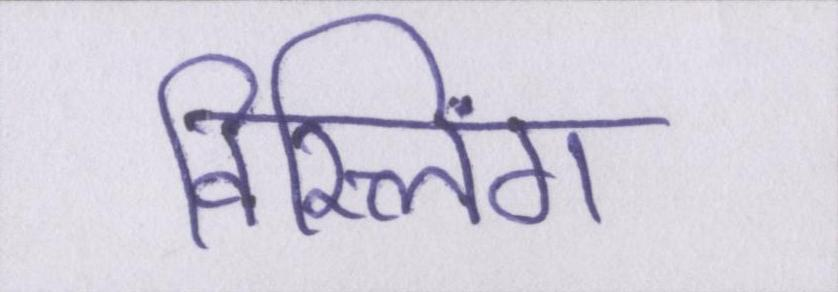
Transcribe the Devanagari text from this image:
विस्लिंग